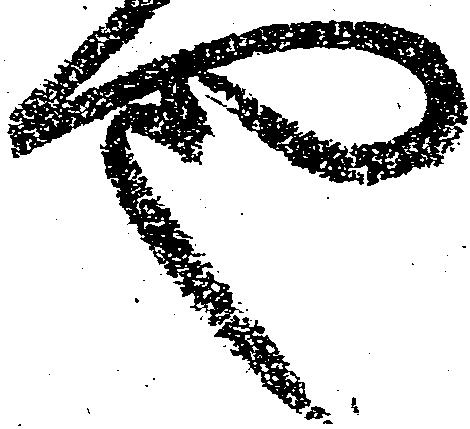
や